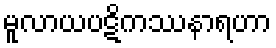
မူလာယပဋိကဿနာရဟာ